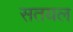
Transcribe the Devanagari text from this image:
सतयल